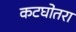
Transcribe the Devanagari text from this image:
कटघोतरा